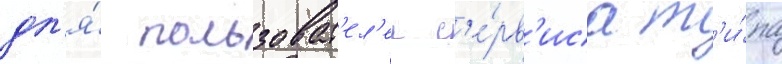
дл'я́ пользоват'ел'еи с'е́рв'иса т'и́па